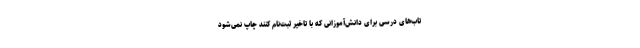
تاب‌های درسی برای دانش‌آموزانی که با تاخیر ثبت‌نام کنند چاپ نمی‌شود